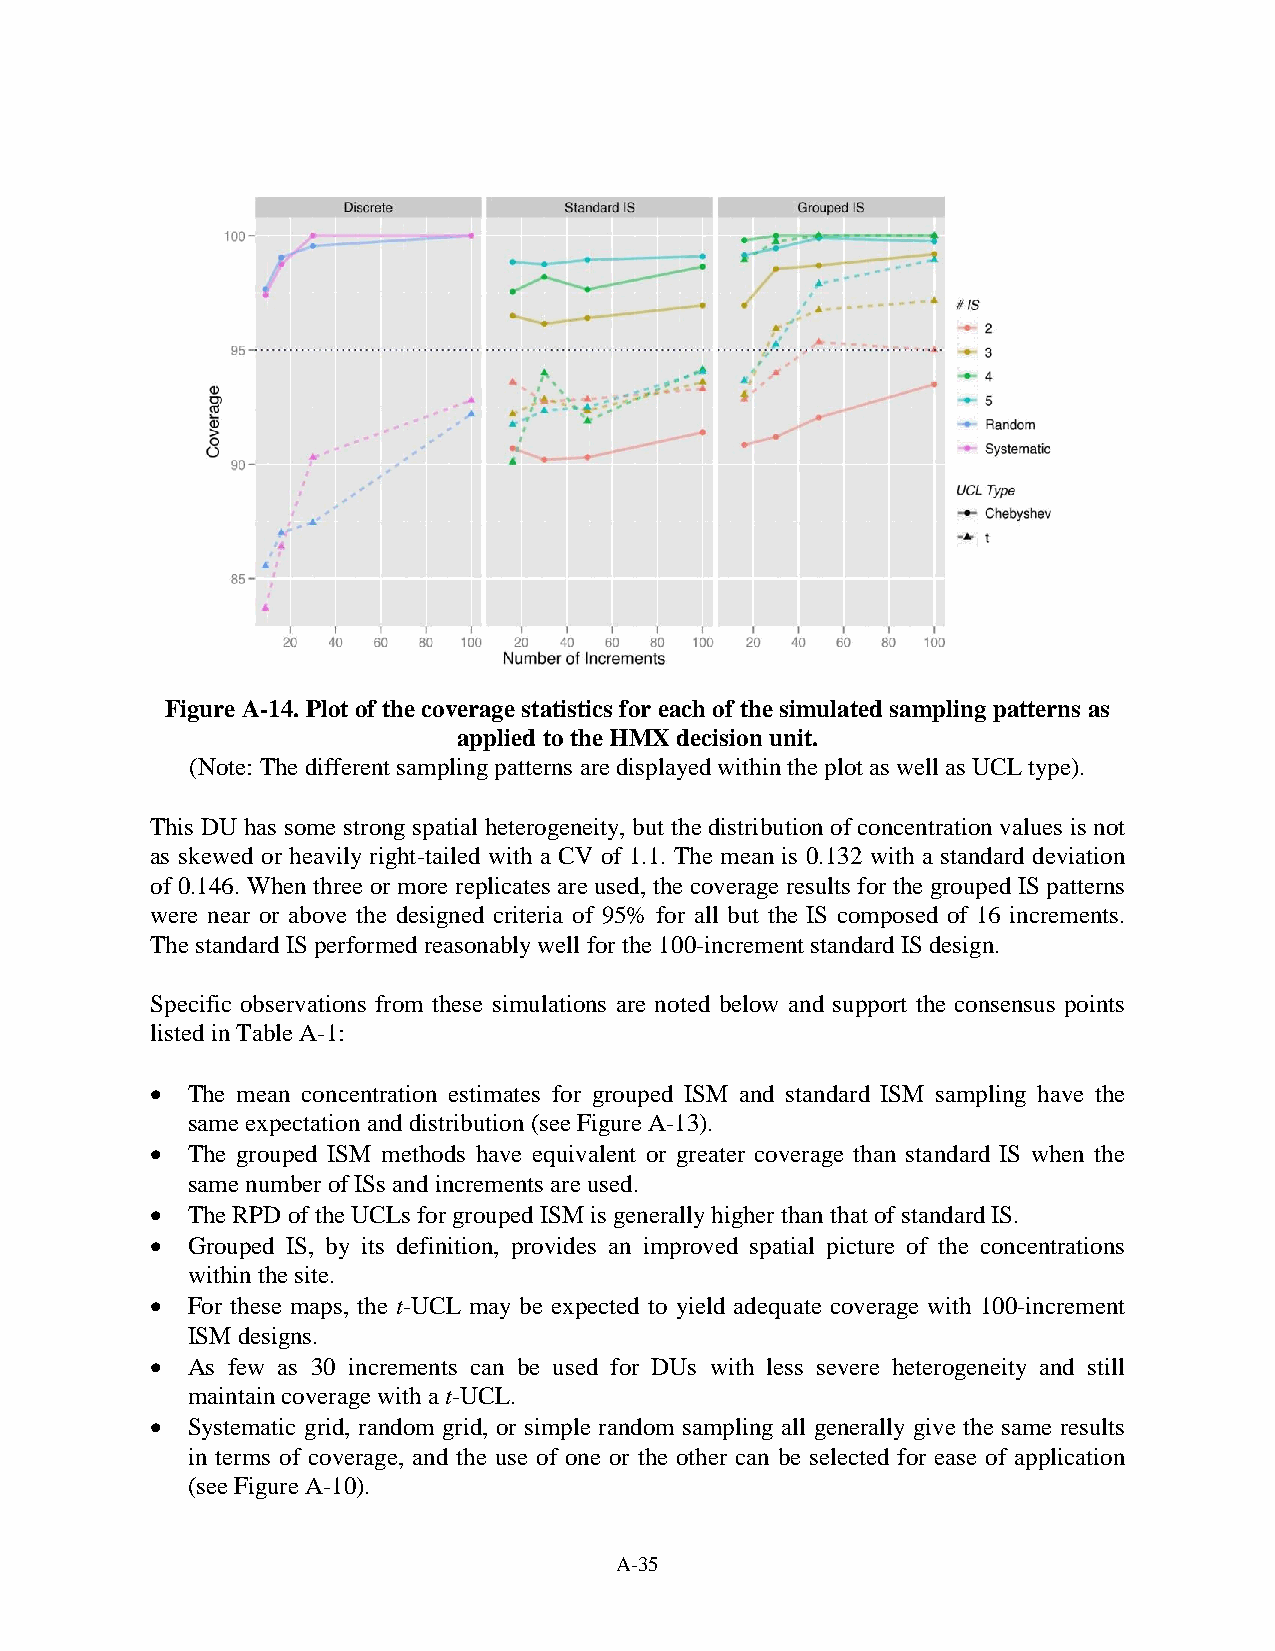
Figure A-14. Plot of the coverage statistics for each of the simulated sampling patterns as
 applied to the HMX decision unit.
 (Note: The different sampling patterns are displayed within the plot as well as UCL type).
 This DU has some strong spatial heterogeneity, but the distribution of concentration values is not
 as skewed or heavily right-tailed with a CV of 1.1. The mean is 0.132 with a standard deviation
 of 0.146. When three or more replicates are used, the coverage results for the grouped IS patterns
 were near or above the designed criteria of 95% for all but the IS composed of 16 increments.
 The standard IS performed reasonably well for the 100-increment standard IS design.
 Specific observations from these simulations are noted below and support the consensus points
 listed in Table A-1:
 • The mean concentration estimates for grouped ISM and standard ISM sampling have the
 same expectation and distribution (see Figure A-13).
 • The grouped ISM methods have equivalent or greater coverage than standard IS when the
 same number of ISs and increments are used.
 • The RPD of the UCLs for grouped ISM is generally higher than that of standard IS.
 • Grouped IS, by its definition, provides an improved spatial picture of the concentrations
 within the site.
 • For these maps, the t-UCL may be expected to yield adequate coverage with 100-increment
 ISM designs.
 • As few as 30 increments can be used for DUs with less severe heterogeneity and still
 maintain coverage with a t-UCL.
 • Systematic grid, random grid, or simple random sampling all generally give the same results
 in terms of coverage, and the use of one or the other can be selected for ease of application
 (see Figure A-10).
 A-35